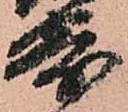
寄